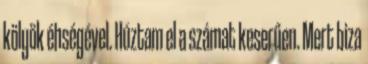
kölyök éhségével. Húztam el a számat keserűen. Mert biza